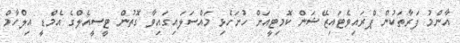
އާންމު ފަރާތަކުން ޕްރައިވެޓައިޒޭޝަން ކޮމިޓީއަށް ހުށަހެޅި މައްސަލައިގައިވާ ގޮތުން ޓީސީއެލްގެ އެމްޑީ އިލްހާމް